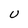
Character: U